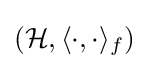
({\mathcal {H}},\langle \cdot ,\cdot \rangle _{f})